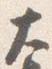
大